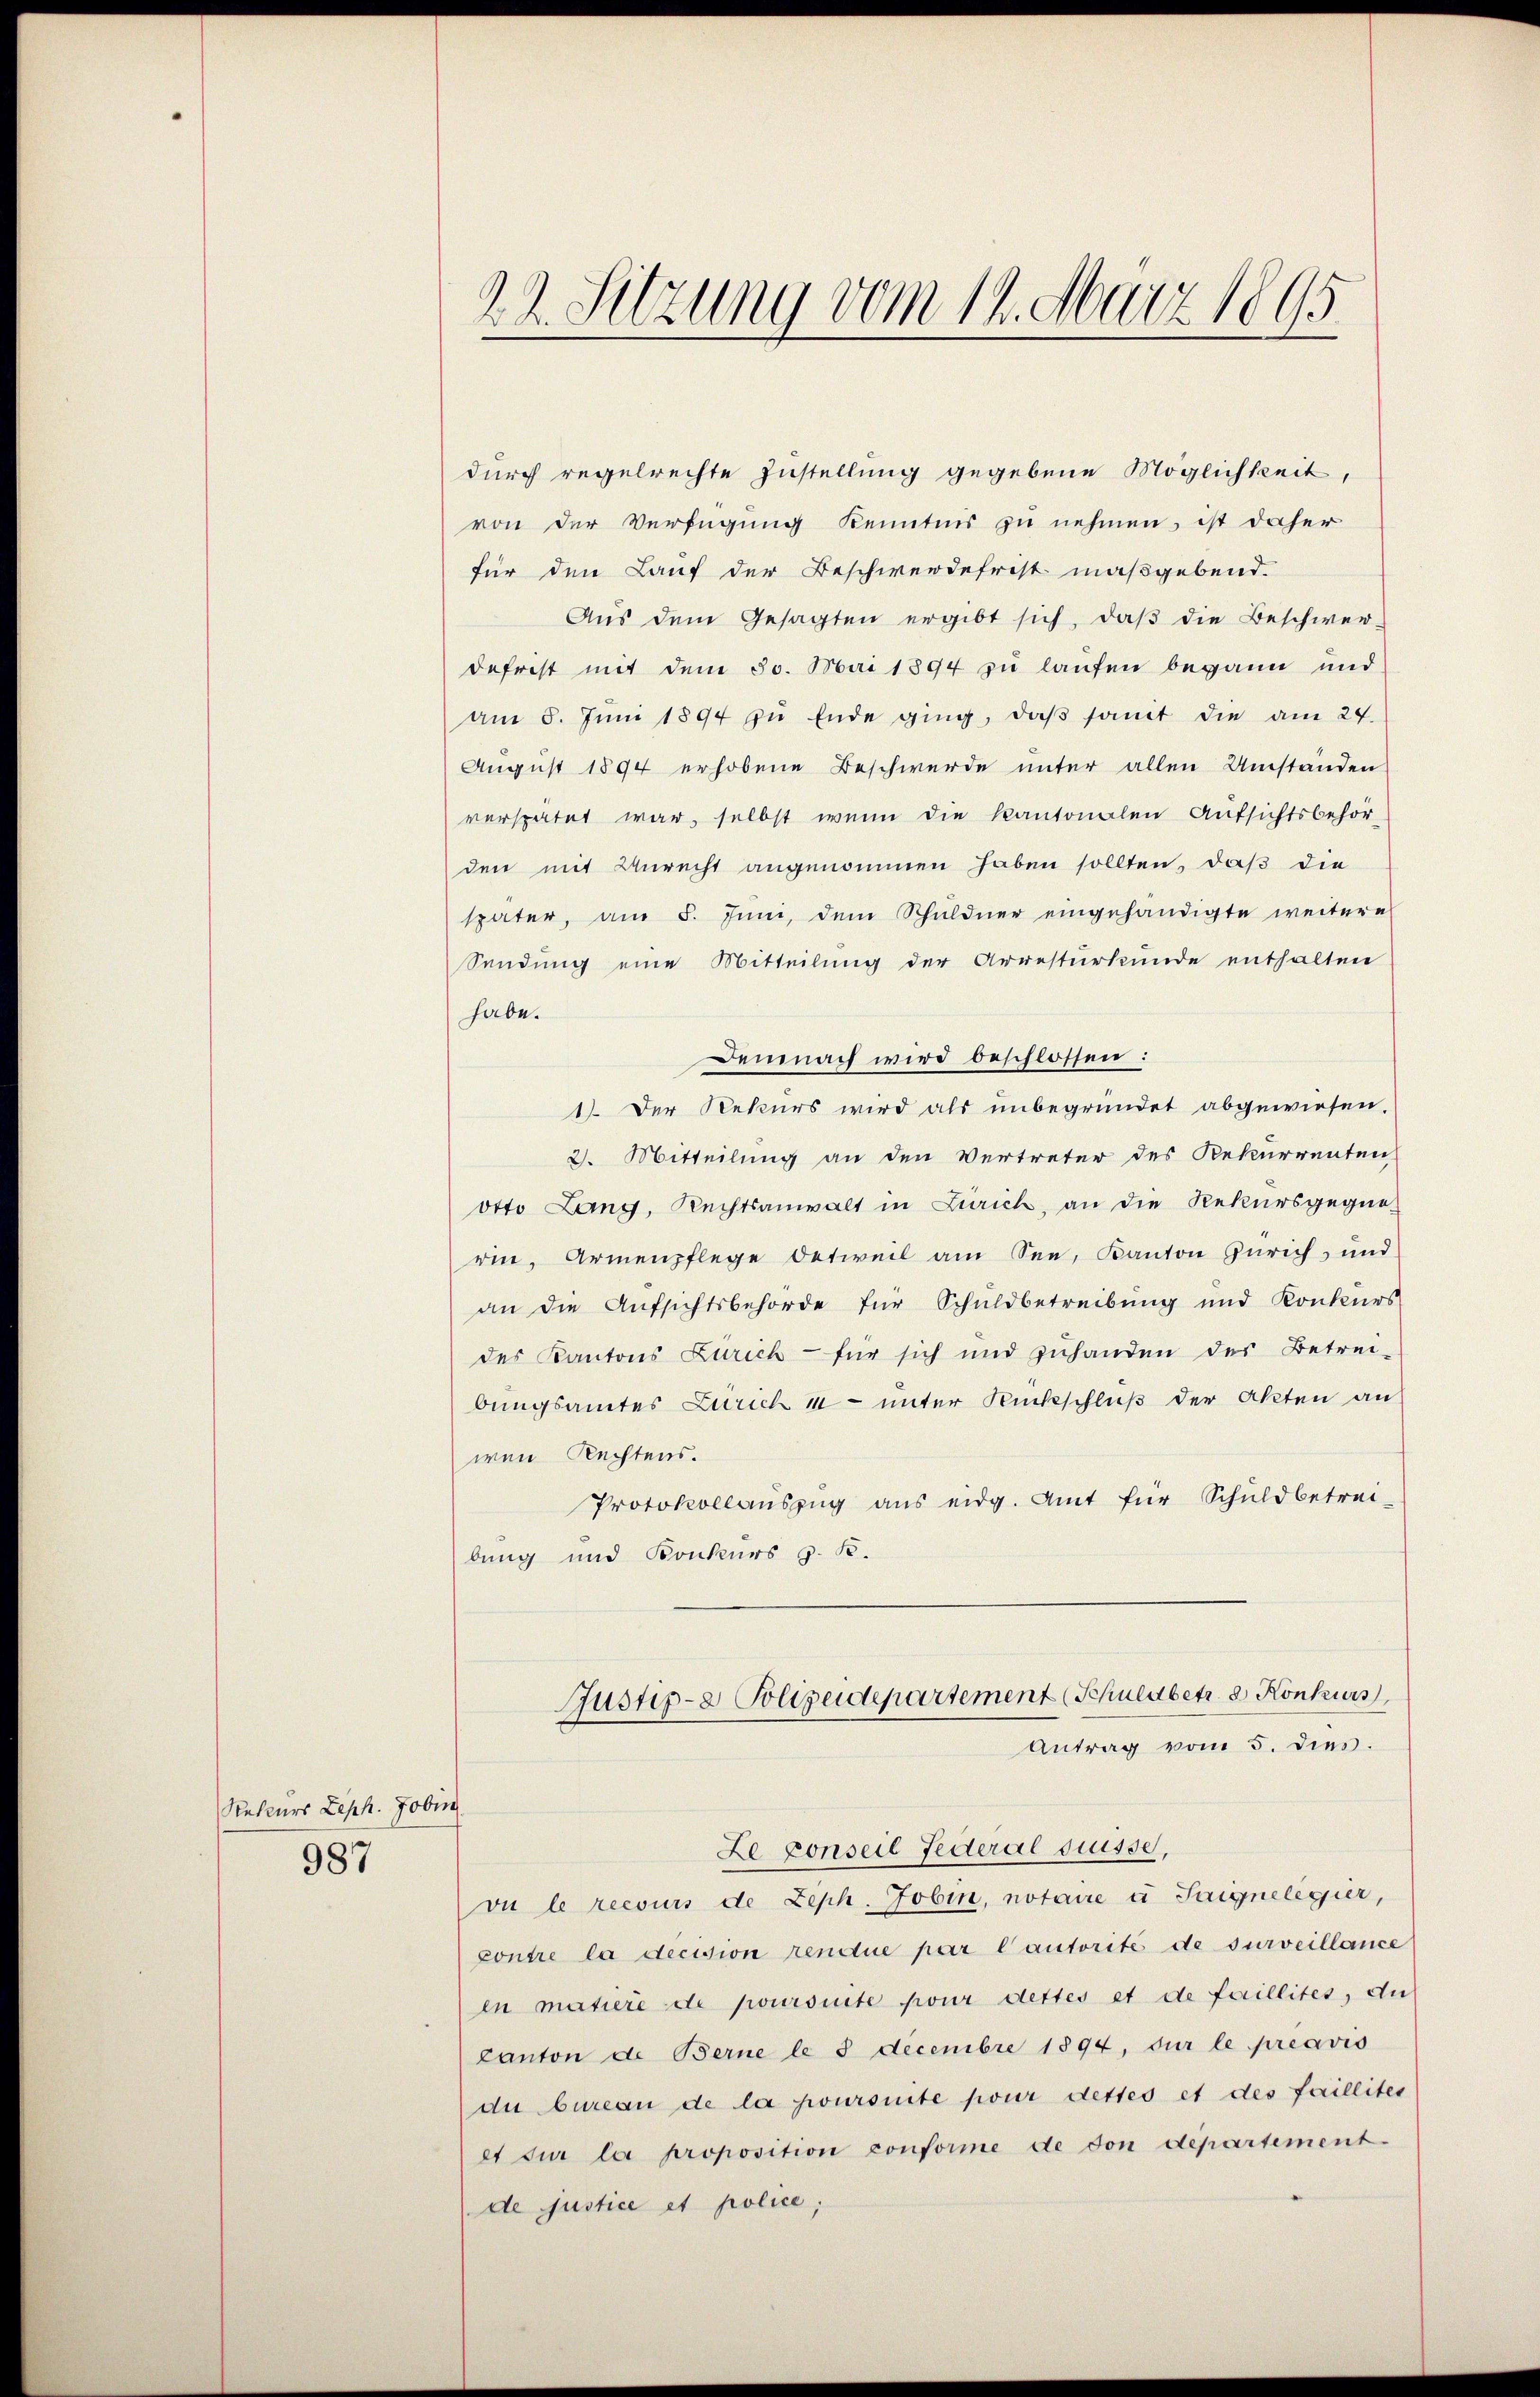
Rekurs Zeph. Jobin
987

22. Sitzung vom 14. März 1895.

durch regelrechte Zustellung gegebene Möglichkeit,
von der Verfügung Kenntnis zu nehmen, ist daher
für den Lauf der Beschwerdefrist maßgebend.
Aŭs dem Gesagten ergibt sich, daβ die Beschwer-
defrist mit dem 30. Mai 1894 zu laufen begann und
am 8. Jŭni 1894 zŭ Ende ging, daβ somit die am 24.
August 1894 erhobene Beschwerde unter allen Umständen
verspätet war, selbst wenn die Kantonalen Aufsichtsbehör-
den mit Unrecht angenommen haben sollten, daß die
später, am 5. Juni, dem Schuldner eingehändigte weitere
Sendung eine Mitteilung der Arresturkunde enthalten
habe.
Demnach wird beschlossen:
1). Der Rekurs wird als unbegründet abgewiesen.
2. Mitteilung an den Vertreter des Rekurrenten,
otto Lang, Rechtsanwalt in Zürich, an die Rekursgegne-
rin, Armenpflege Oetweil am See, Kanton Zürich, und
an die Aufsichtsbehörde für Schuldbetreibung und Konkurs
des Kantons Zürich für sich und zŭhanden des Betrei-
bungsamtes Zürich in unter Rückschluß der Akten an
wen Rechtens.
Protokollaŭszŭg ans eidg. Amt für Schuldbetrei-
bung und Konkurs z. B.
Justiz- & Polizeidepartement (Schuldbetr. d. Konkurs
Antrag vom 5. dies.
Le conseil Federal disse,
vu le recours de Zeph. Jobin, notaire u Saignelegier,
contre la decision rendue par lautorité de surveillance
en matiere de poursuite pour dettes et de faillites, du
Canton de Berne le 3 Decembre 1894, der le préavis
die bureau de la joursuite pour dettes et des faillites
et für la proposition conforme de von departement
de justice et police;